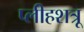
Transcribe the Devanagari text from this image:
प्लीहशत्रू